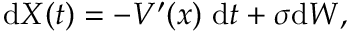
\mathrm d X ( t ) = - V ^ { \prime } ( x ) \ \mathrm d t + \sigma \mathrm d W ,